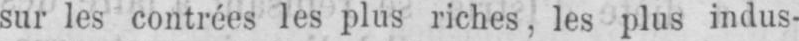
sur les contréesles plus riches, les plus indus-